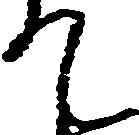
て